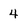
Character: 4